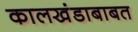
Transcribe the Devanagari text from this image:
कालखंडाबाबत